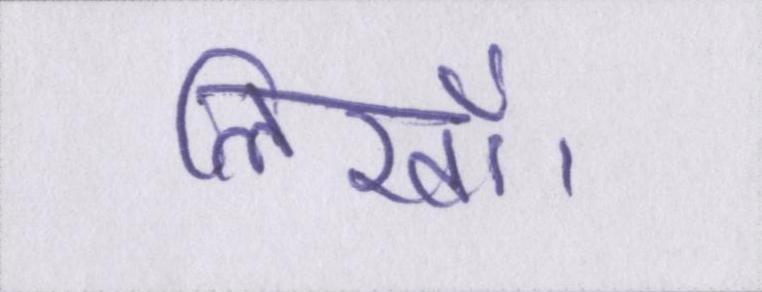
लिखॉ।